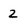
Character: 2